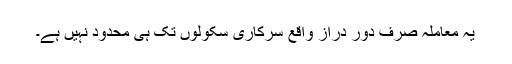
یہ معاملہ صرف دور دراز واقع سرکاری سکولوں تک ہی محدود نہیں ہے۔